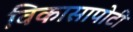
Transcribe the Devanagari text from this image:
विकासापोटी